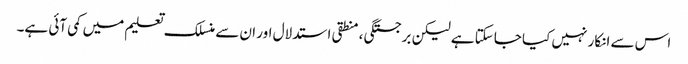
اس سے انکار نہیں کیا جاسکتا ہے لیکن برجستگی ، منطقی استدلال اور ان سے منسلک تعلیم میں کمی آئی ہے۔